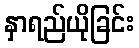
နှာရည်ယိုခြင်း